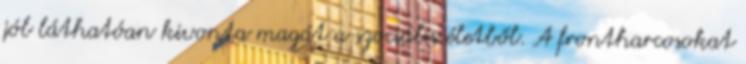
jól láthatóan kivonta magát a szociális életből. A frontharcosokat